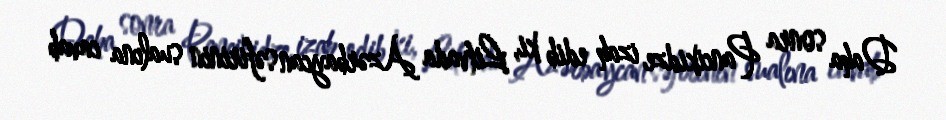
Daha sonra Pancikidze izah edib ki, Litvada Azərbaycan səfirinin sualına cavab